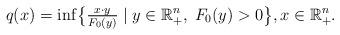
LaTeX: \begin{align*} q(x) = \inf\bigl\{ {\textstyle \frac{x \cdot y}{F_0(y)}} \mid y \in \mathbb R^n_+, \; F_0(y)>0 \bigr\}, x \in \mathbb R^n_+.\end{align*}